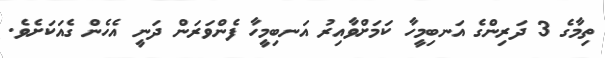
ތިމާގެ 3 ދަރިންގެ އަނބިމީހާ ކަމަށްވާއިރު އަނބިމީހާ ފެންވަރަން ދަނީ އެހެން ގެއަކަށެވެ.